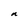
Character: n